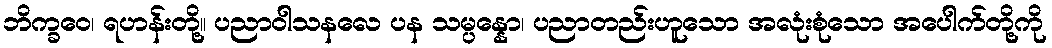
ဘိက္ခဝေ၊ ရဟန်းတို့။ ပညာဝါသနလေ ပန သမ္ပန္နော၊ ပညာတည်းဟူသော အလုံးစုံသော အပေါက်တို့ကို